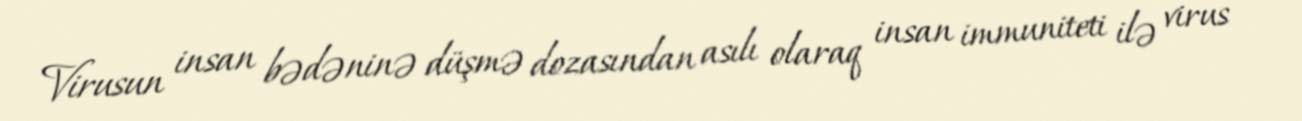
Virusun insan bədəninə düşmə dozasından asılı olaraq insan immuniteti ilə virus